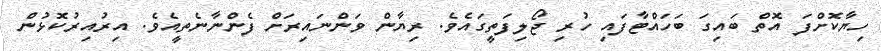
ހިޔާކޮށްފަ އޮތް ބައިގަ ބަހައްޓާފައި ހުރި ޖޯލިފަތީގައެވެ. ރިޔާން ވަންނައިރަށް ފެންނާނެތީއެވެ. އިރުއިރުކޮޅުން